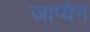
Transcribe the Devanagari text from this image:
जाप्येन